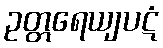
ဥတ္တရေယျပဋံ